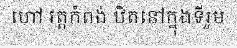
ហៅ វត្តកំពង់ ឋិតនៅក្នុងទីរួម